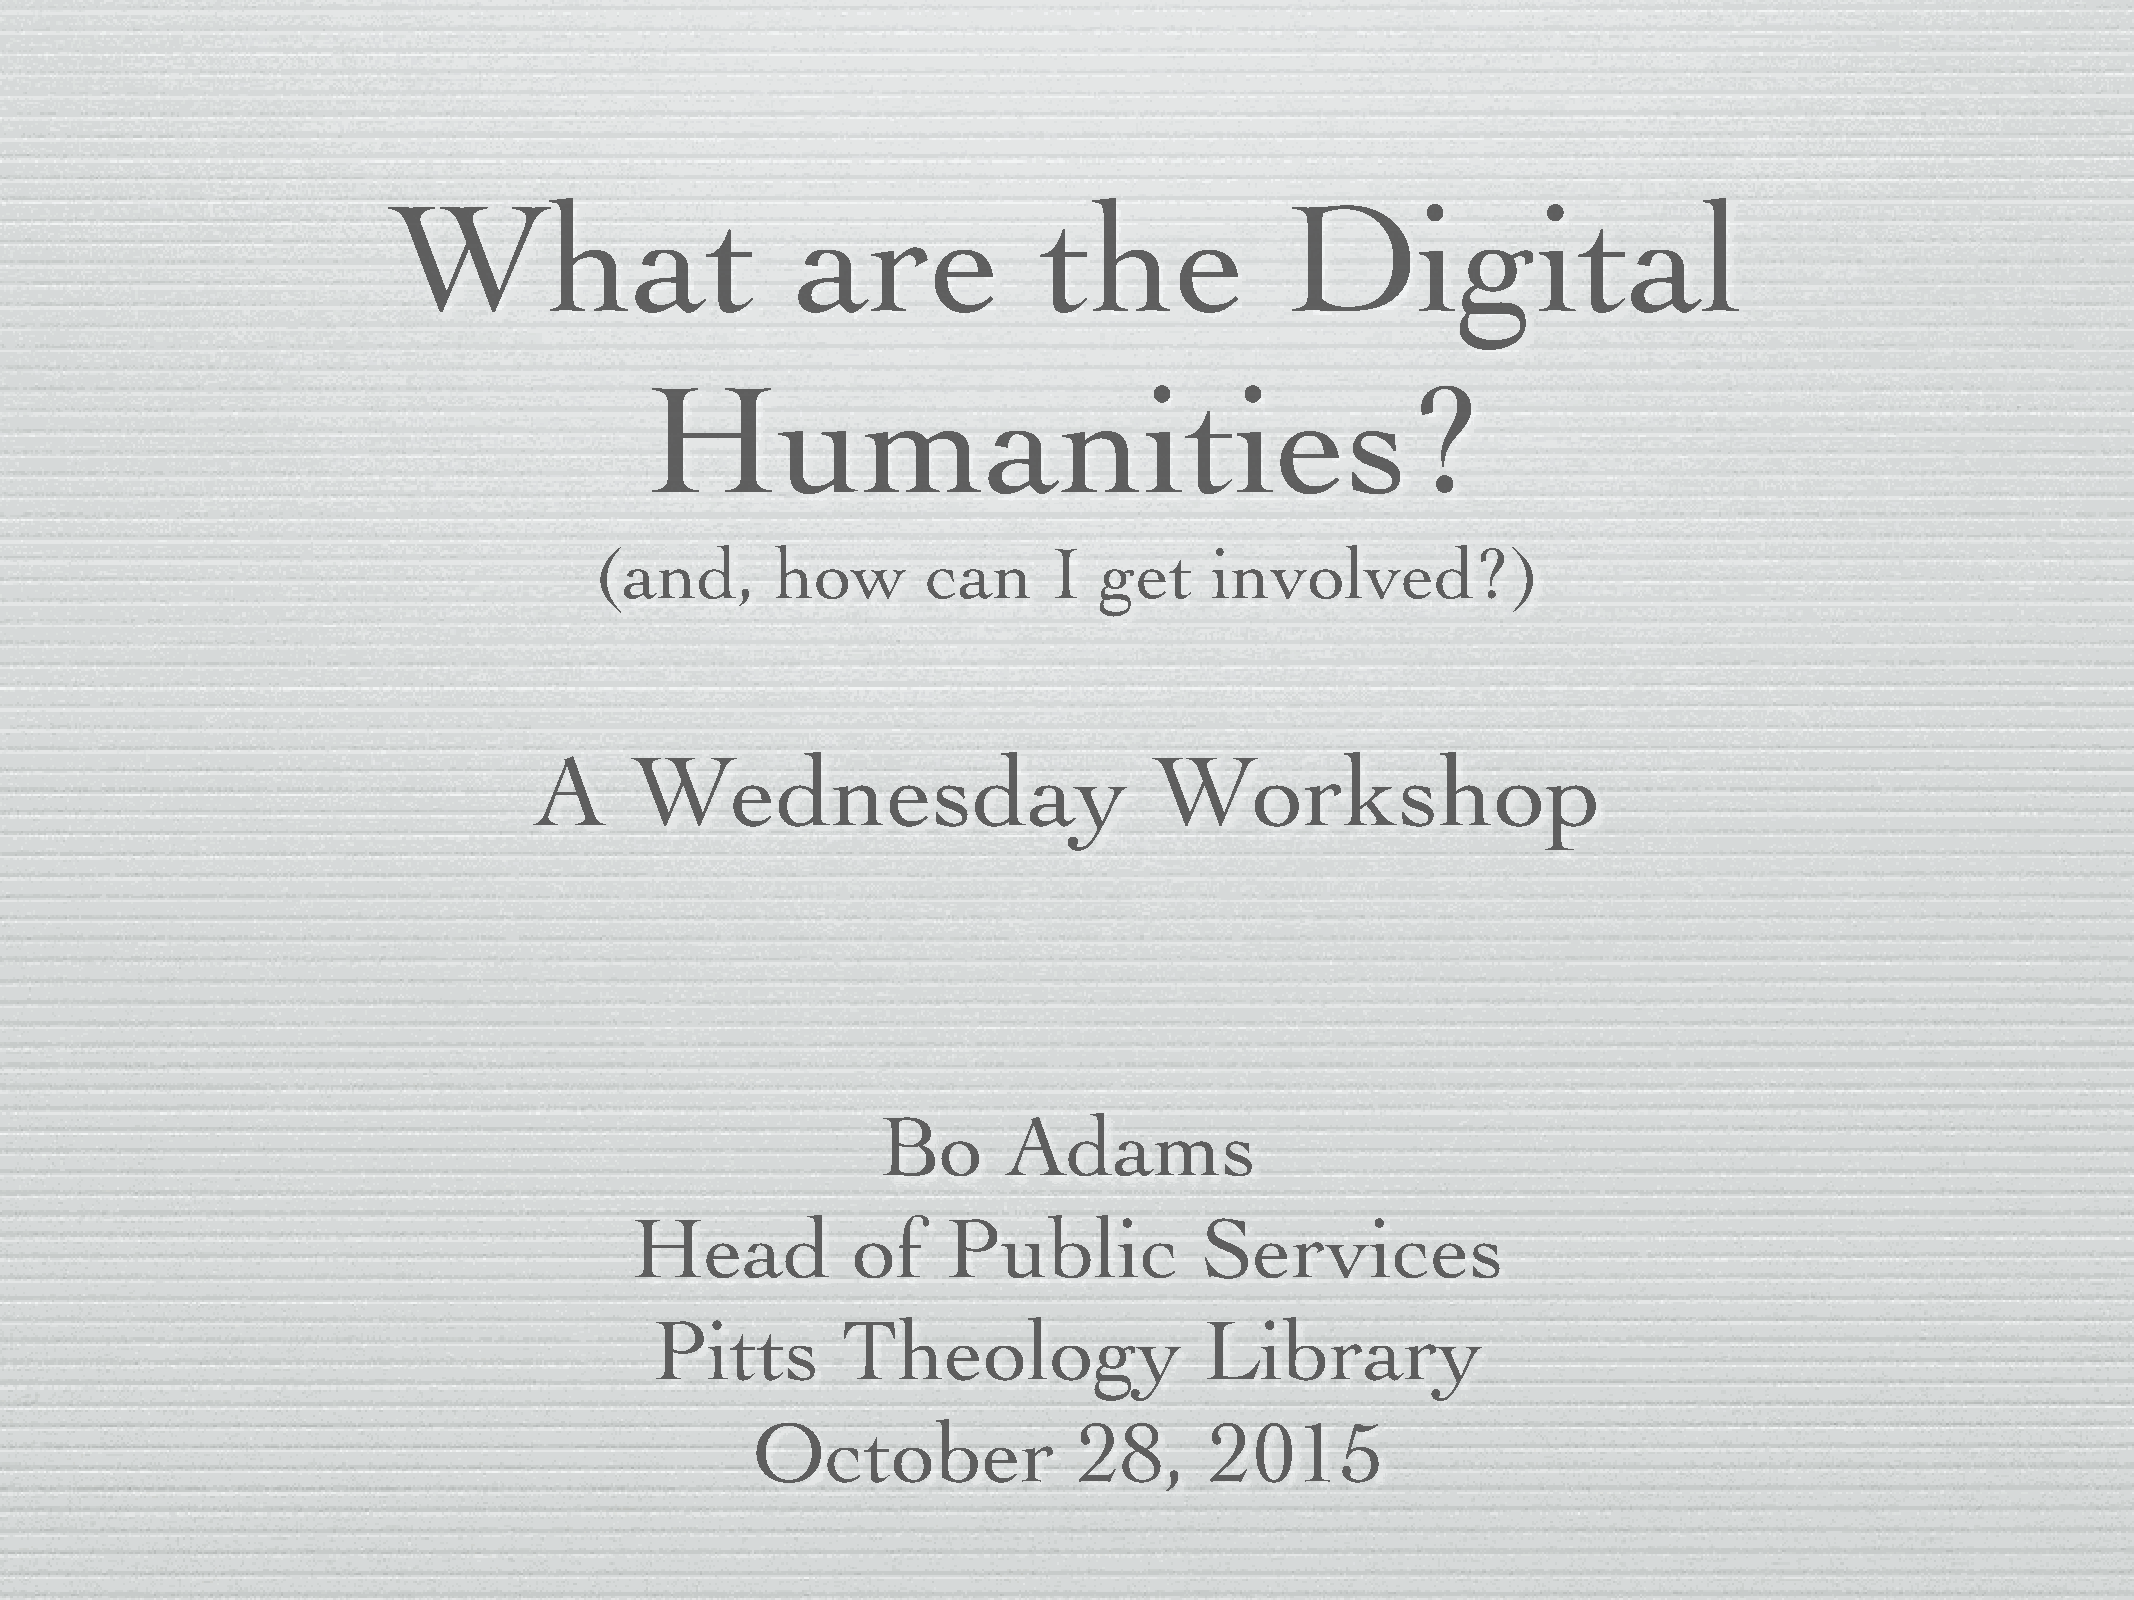
What                       are             the             Digital
 Humanities?
 (and,       how       can      I  get    involved?)
 A      Wednesday                         Workshop
 Bo       Adams
 Head          of     Public          Services
 Pitts        Theology                Library
 October              28,      2015